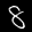
Label: 8